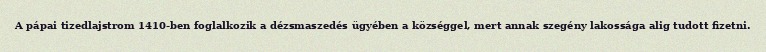
A pápai tizedlajstrom 1410-ben foglalkozik a dézsmaszedés ügyében a községgel, mert annak szegény lakossága alig tudott fizetni.